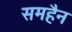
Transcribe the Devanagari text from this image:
समहैन